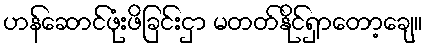
ဟန်ဆောင်ဖုံးဖိခြင်းငှာ မတတ်နိုင်ရှာတော့ချေ။